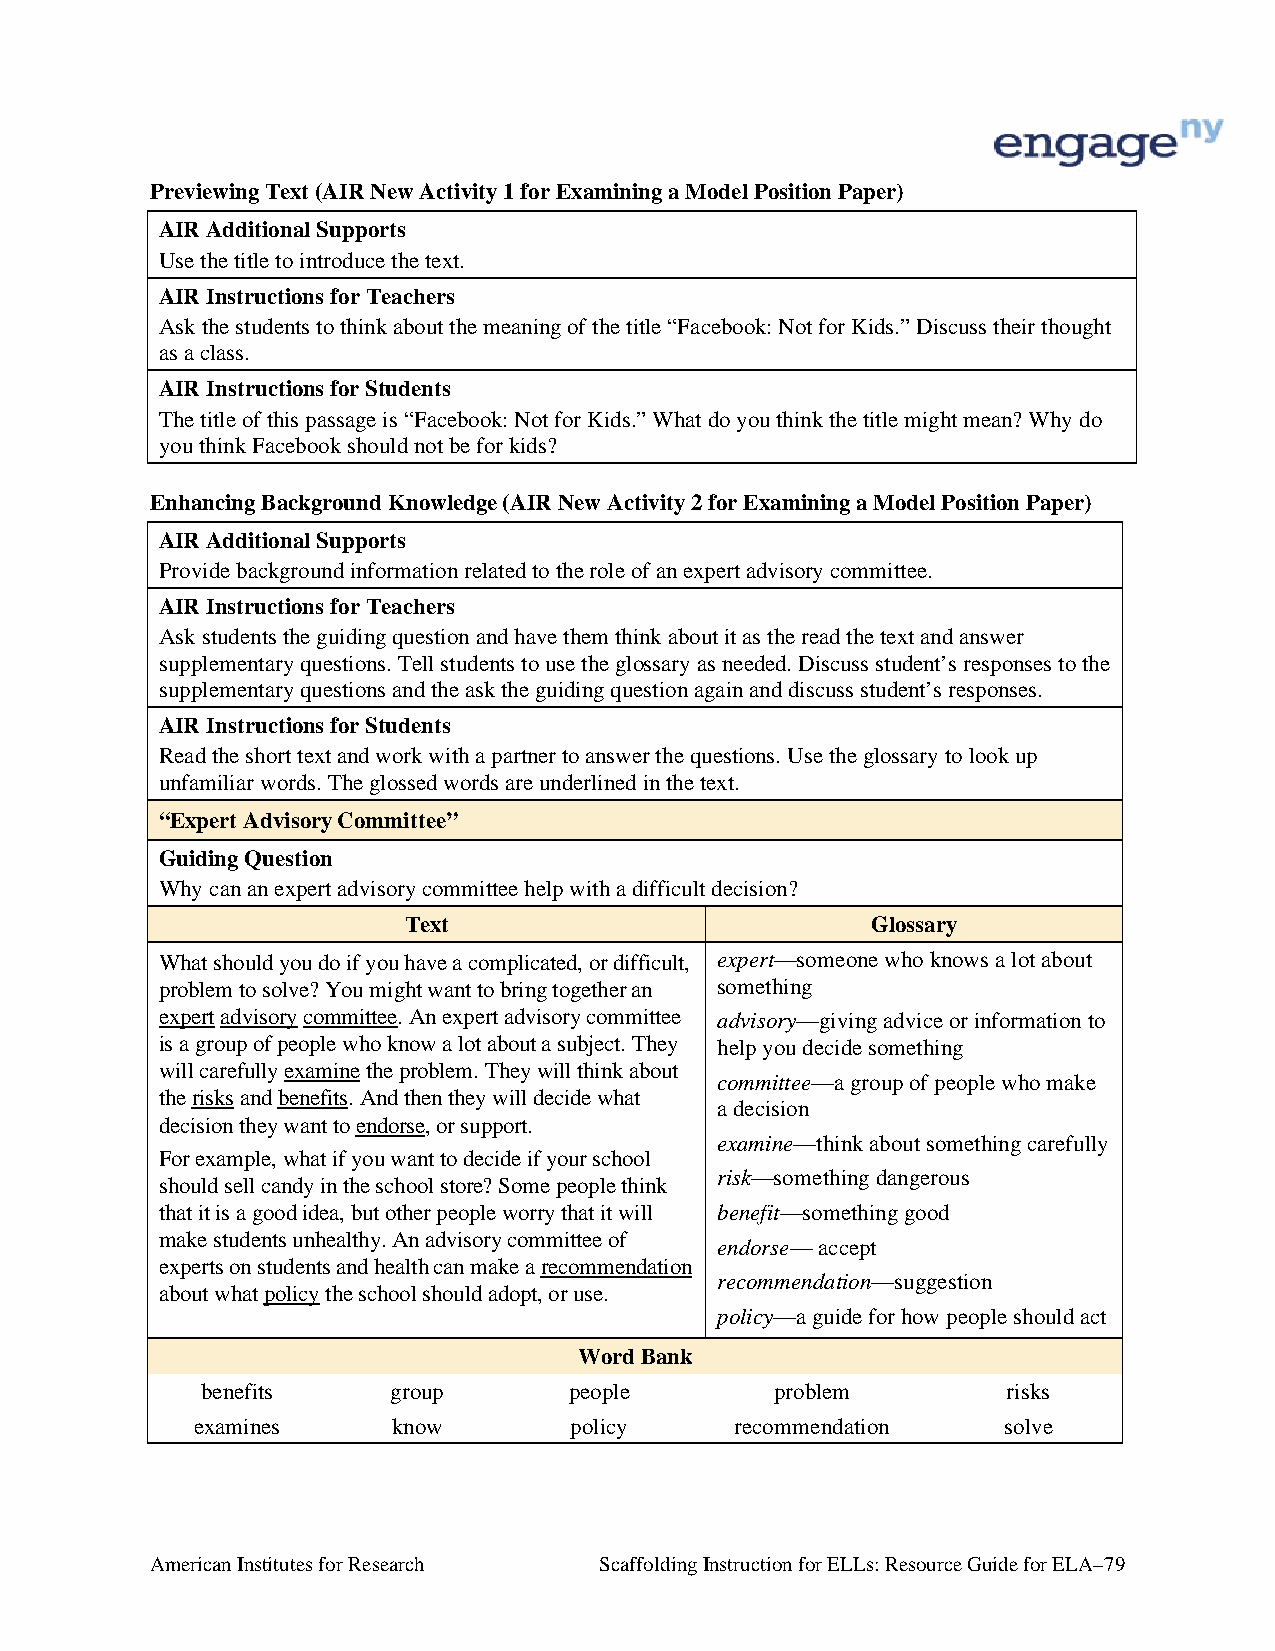
Previewing Text (AIR New Activity 1 for Examining a Model Position Paper)
 AIR Additional Supports
 Use the title to introduce the text.
 AIR Instructions for Teachers
 Ask the students to think about the meaning of the title “Facebook: Not for Kids.” Discuss their thought
 as a class.
 AIR Instructions for Students
 The title of this passage is “Facebook: Not for Kids.” What do you think the title might mean? Why do
 you think Facebook should not be for kids?
 Enhancing Background Knowledge (AIR New Activity 2 for Examining a Model Position Paper)
 AIR Additional Supports
 Provide background information related to the role of an expert advisory committee.
 AIR Instructions for Teachers
 Ask students the guiding question and have them think about it as the read the text and answer
 supplementary questions. Tell students to use the glossary as needed. Discuss student’s responses to the
 supplementary questions and the ask the guiding question again and discuss student’s responses.
 AIR Instructions for Students
 Read the short text and work with a partner to answer the questions. Use the glossary to look up
 unfamiliar words. The glossed words are underlined in the text.
 “Expert Advisory Committee”
 Guiding Question
 Why can an expert advisory committee help with a difficult decision?
 Text                           Glossary
 What should you do if you have a complicated, or difficult, expert—someone who knows a lot about
 problem to solve? You might want to bring together an something
 expert advisory committee. An expert advisory committee advisory—giving advice or information to
 is a group of people who know a lot about a subject. They help you decide something
 will carefully examine the problem. They will think about
 committee—a group of people who make
 the risks and benefits. And then they will decide what
 a decision
 decision they want to endorse, or support.
 examine—think about something carefully
 For example, what if you want to decide if your school
 risk—something dangerous
 should sell candy in the school store? Some people think
 that it is a good idea, but other people worry that it will benefit—something good
 make students unhealthy. An advisory committee of
 endorse— accept
 experts on students and health can make a recommendation
 recommendation—suggestion
 about what policy the school should adopt, or use.
 policy—a guide for how people should act
 Word Bank
 benefits     group       people       problem         risks
 examines     know        policy     recommendation   solve
 American Institutes for Research Scaffolding Instruction for ELLs: Resource Guide for ELA–79